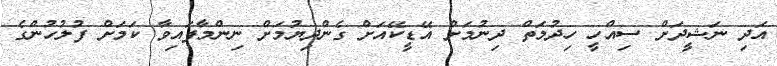
އަދި ނަޝީދަށް ސިއްހީ ހިދުމަތް ދިނުމަށް އޭޑީކޭއަށް ގެންދިޔުމަށް ނިންމާފައިވާ ކަމަށް ފުލުހުންގެ